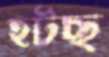
হটছ